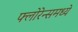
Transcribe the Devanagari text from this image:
फ्लोरेन्समध्ये